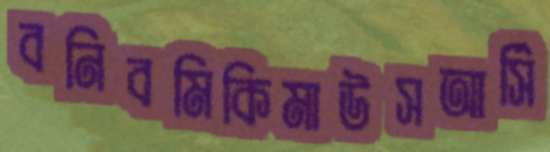
বনিবমিকিমাউসআর্সি